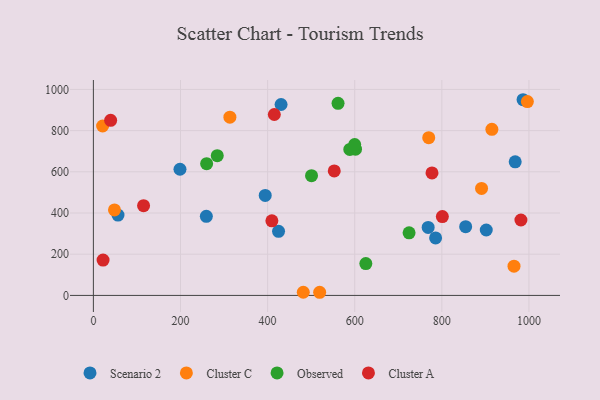
{"axis": {"x": "Price", "y": "Salary"}, "legend": ["Cluster A", "Cluster C", "Observed", "Scenario 2"], "data": [{"x": "768.6", "y": 330.0, "type": "Scenario 2"}, {"x": "56.5", "y": 389.9, "type": "Scenario 2"}, {"x": "785.7", "y": 278.9, "type": "Scenario 2"}, {"x": "986.5", "y": 950.0, "type": "Scenario 2"}, {"x": "394.5", "y": 485.3, "type": "Scenario 2"}, {"x": "902.0", "y": 317.6, "type": "Scenario 2"}, {"x": "854.7", "y": 333.6, "type": "Scenario 2"}, {"x": "259.3", "y": 384.0, "type": "Scenario 2"}, {"x": "968.4", "y": 648.5, "type": "Scenario 2"}, {"x": "430.9", "y": 926.9, "type": "Scenario 2"}, {"x": "198.8", "y": 612.4, "type": "Scenario 2"}, {"x": "425.1", "y": 311.0, "type": "Scenario 2"}, {"x": "519.5", "y": 15.2, "type": "Cluster C"}, {"x": "481.9", "y": 15.3, "type": "Cluster C"}, {"x": "891.2", "y": 519.2, "type": "Cluster C"}, {"x": "996.4", "y": 941.2, "type": "Cluster C"}, {"x": "965.7", "y": 142.1, "type": "Cluster C"}, {"x": "769.9", "y": 765.8, "type": "Cluster C"}, {"x": "21.2", "y": 822.5, "type": "Cluster C"}, {"x": "914.9", "y": 806.1, "type": "Cluster C"}, {"x": "313.4", "y": 865.2, "type": "Cluster C"}, {"x": "48.4", "y": 415.0, "type": "Cluster C"}, {"x": "260.0", "y": 639.5, "type": "Observed"}, {"x": "561.7", "y": 932.6, "type": "Observed"}, {"x": "625.5", "y": 154.5, "type": "Observed"}, {"x": "601.8", "y": 710.1, "type": "Observed"}, {"x": "500.8", "y": 581.2, "type": "Observed"}, {"x": "588.7", "y": 708.9, "type": "Observed"}, {"x": "599.9", "y": 732.2, "type": "Observed"}, {"x": "724.8", "y": 303.7, "type": "Observed"}, {"x": "284.4", "y": 678.5, "type": "Observed"}, {"x": "22.2", "y": 171.5, "type": "Cluster A"}, {"x": "981.6", "y": 366.2, "type": "Cluster A"}, {"x": "39.6", "y": 850.1, "type": "Cluster A"}, {"x": "409.8", "y": 362.2, "type": "Cluster A"}, {"x": "801.2", "y": 382.6, "type": "Cluster A"}, {"x": "415.4", "y": 878.2, "type": "Cluster A"}, {"x": "115.2", "y": 435.8, "type": "Cluster A"}, {"x": "553.0", "y": 604.5, "type": "Cluster A"}, {"x": "777.4", "y": 594.8, "type": "Cluster A"}]}